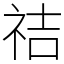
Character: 祮